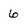
Character: 6